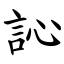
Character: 訫